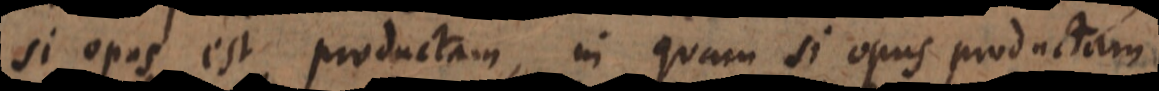
si opus est productam, in quam si opus productam